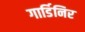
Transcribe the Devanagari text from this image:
गार्डिनिर